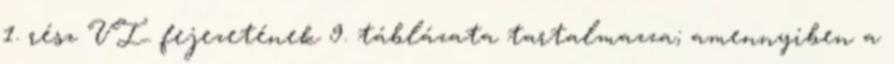
1. rész VI. fejezetének 9. táblázata tartalmazza; amennyiben a